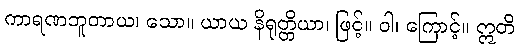
ကာရဏဘူတာယ၊ သော။ ယာယ နိရုတ္တိယာ၊ ဖြင့်။ ဝါ၊ ကြောင့်။ ဣတိ